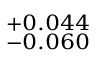
^ { + 0 . 0 4 4 } _ { - 0 . 0 6 0 }